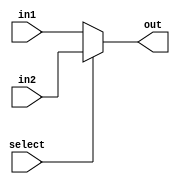
module mux2to1(in1, in2, select, out);

input [31:0]in1;
input [31:0]in2;
input select;
output wire [31:0]out;

assign out = select==0?in1:in2;

endmodule